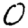
Digit: 0